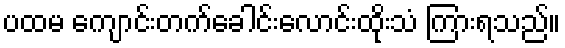
ပထမ ကျောင်းတက်ခေါင်းလောင်းထိုးသံ ကြားရသည်။